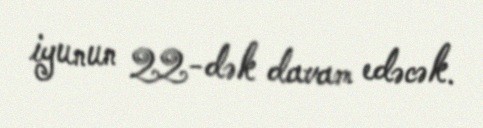
iyunun 22-dək davam edəcək.